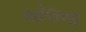
બોલના